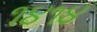
૧૪૧૪